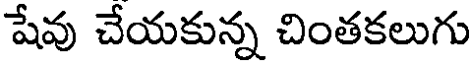
షేవు చేయకున్న చింతకలుగు